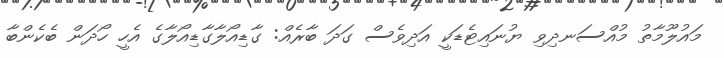
މައުލޫމާތު މުއްސަނދިވި ޔުނައިޓެޑަކީ އަދިވެސް ގަދަ ބާރެއް: ގާޑިއޯލާގާޑިއޯލާގެ އެހީ ހޯދަން ބެކެންބާ